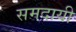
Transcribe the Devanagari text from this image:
समदायी